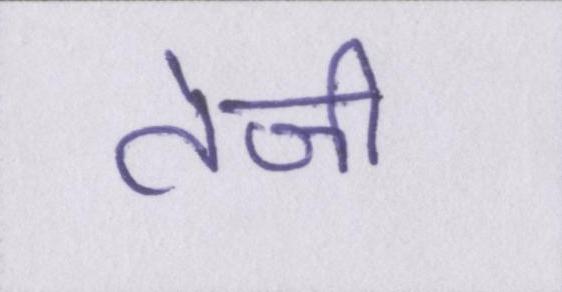
तेजी